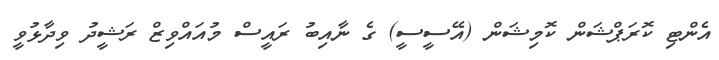
އެންޓި ކޮރަޕްޝަން ކޮމިޝަން (އޭސީސީ) ގެ ނާއިބު ރައީސް މުއައްވިޒް ރަޝީދު ވިދާޅުވީ